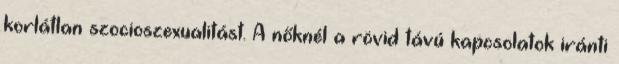
korlátlan szocioszexualitást. A nőknél a rövid távú kapcsolatok iránti